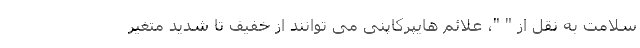
سلامت به نقل از " "، علائم هایپرکاپنی می توانند از خفیف تا شدید متغیر